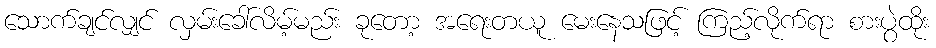
သောက်ချင်လျှင် လှမ်းခေါ်လိမ့်မည်း ခုတော့ အရေးတယူ မေးနေသဖြင့် ကြည့်လိုက်ရာ စားပွဲထိုး